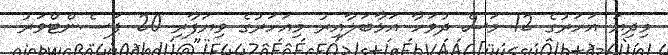
މިދިޔަ އަހަރުގެ 12 މަސް ދުވަހާ އަޅާބަލާއިރު މިއަހަރުގެ ވިޔަފާރި 20 ޕަސެންޓްވަރު